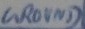
Text: GROUND